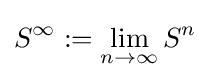
S^{\infty }:=\lim _{n\rightarrow \infty }S^{n}